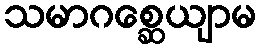
သမာဂစ္ဆေယျာမ